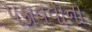
પકાવવાના